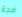
ضجة